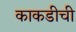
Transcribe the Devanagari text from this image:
काकडीची